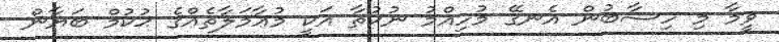
ވީމާ މި ހިސާބުން އެނގޭ މުހިއްމު ނުކުތާ އަކީ މުޢާމަލާތެއްގެ ޙުކުމް ބަޔާން